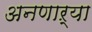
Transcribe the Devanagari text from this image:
अनणाऱ्या